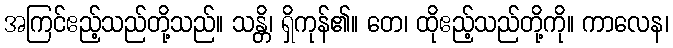
အကြင်ဧည့်သည်တို့သည်။ သန္တိ၊ ရှိကုန်၏။ တေ၊ ထိုဧည့်သည်တို့ကို။ ကာလေန၊